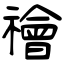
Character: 禬